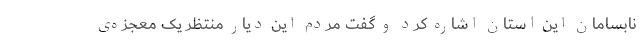
نابسامان این استان اشاره کرد و گفت مردمِ این دیار منتظر یک معجزه‌ی